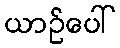
ယာဉ်ပေါ်